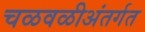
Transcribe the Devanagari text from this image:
चळवळीअंतर्गत